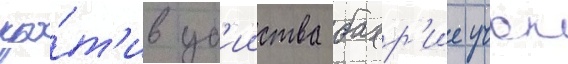
про́т'ив уб'ииства бахр'ие учок